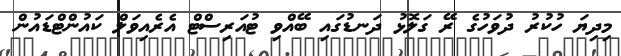
މިދިޔަ ހުކުރު ދުވަހުގެ ރޭ ގަލޮޅު ދަނޑުގައި ބޭއްވި ޓުއަރިސްޓް އެރެއިވަލް ކައުންޓްޑައުން